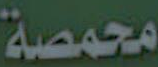
محمصة